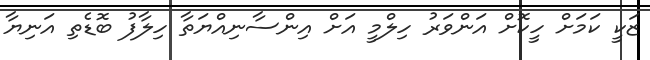
ޒަކީ ކަމަށް ހީކޮށް އަންވަރު ހިލްމީ އަށް އިންސާނިއްޔަތާ ހިލާފު ބޮޑެތި އަނިޔާ